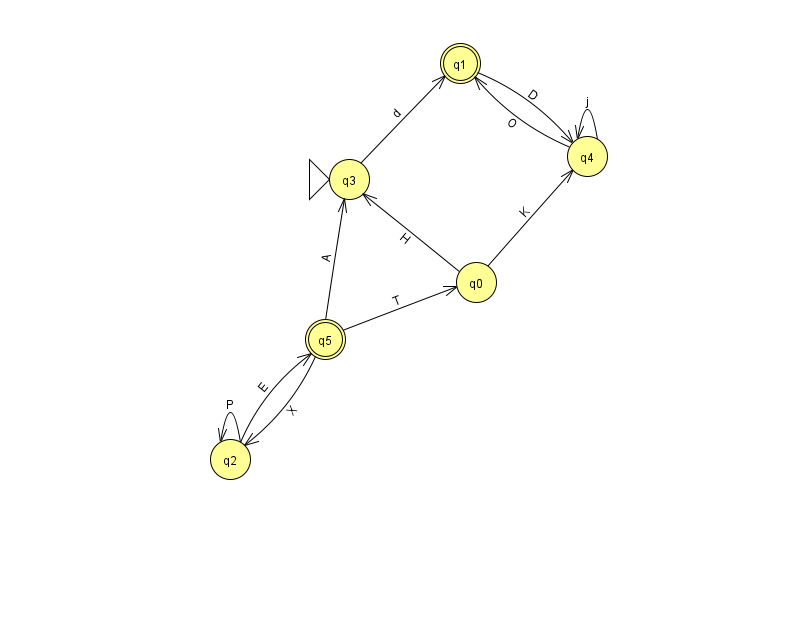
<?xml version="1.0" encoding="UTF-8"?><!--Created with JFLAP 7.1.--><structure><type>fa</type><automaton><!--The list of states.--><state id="0" name="q0"><x>476.0</x><y>269.0</y></state><state id="1" name="q1"><x>460.0</x><y>50.0</y><final/></state><state id="2" name="q2"><x>230.0</x><y>446.0</y></state><state id="3" name="q3"><x>349.0</x><y>166.0</y><initial/></state><state id="4" name="q4"><x>587.0</x><y>143.0</y></state><state id="5" name="q5"><x>325.0</x><y>326.0</y><final/></state><!--The list of transitions.--><transition><from>2</from><to>2</to><read>P</read></transition><transition><from>5</from><to>2</to><read>X</read></transition><transition><from>1</from><to>4</to><read>D</read></transition><transition><from>3</from><to>1</to><read>d</read></transition><transition><from>4</from><to>4</to><read>j</read></transition><transition><from>0</from><to>3</to><read>H</read></transition><transition><from>2</from><to>5</to><read>E</read></transition><transition><from>5</from><to>0</to><read>T</read></transition><transition><from>5</from><to>3</to><read>A</read></transition><transition><from>0</from><to>4</to><read>K</read></transition><transition><from>4</from><to>1</to><read>O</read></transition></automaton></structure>